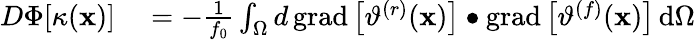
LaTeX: \begin{array}{rl}{D\Phi[\kappa(\mathbf{x})]}&{{}=-\frac{1}{f_{0}}\int_{\Omega}d\, \mathrm{grad}\left[\vartheta^{(r)}(\mathbf{x})\right]\bullet\mathrm{grad}\left[\vartheta^{(f)}(\mathbf{x})\right]\, \mathrm{d}\Omega}\end{array}